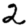
Digit: 2